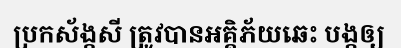
ប្រកស័ង្កសី ត្រូវបានអគ្គិភ័យឆេះ បង្កឲ្យ